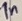
Text: 1n